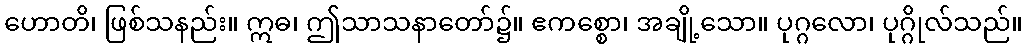
ဟောတိ၊ ဖြစ်သနည်း။ ဣဓ၊ ဤသာသနာတော်၌။ ဧကစ္စော၊ အချို့သော။ ပုဂ္ဂလော၊ ပုဂ္ဂိုလ်သည်။